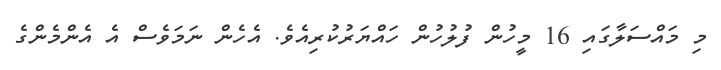
މި މައްސަލާގައި 16 މީހުން ފުލުހުން ހައްޔަރުކުރިއެވެ. އެހެން ނަމަވެސް އެ އެންމެންގެ